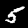
Digit: 5